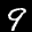
Label: 9